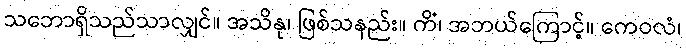
သဘောရှိသည်သာလျှင်။ အသိနု၊ ဖြစ်သနည်း။ ကိံ၊ အဘယ်ကြောင့်။ ကေဝလံ၊